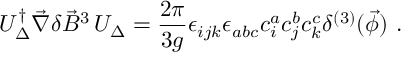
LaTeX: { \cal U } _ { \Delta } ^ { \dagger } \vec { \nabla } \delta \vec { B } ^ { 3 } \, { \cal U } _ { \Delta } = \frac { 2 \pi } { 3 g } \epsilon _ { i j k } \epsilon _ { a b c } c _ { i } ^ { a } c _ { j } ^ { b } c _ { k } ^ { c } \delta ^ { ( 3 ) } ( \vec { \phi } ) \ .